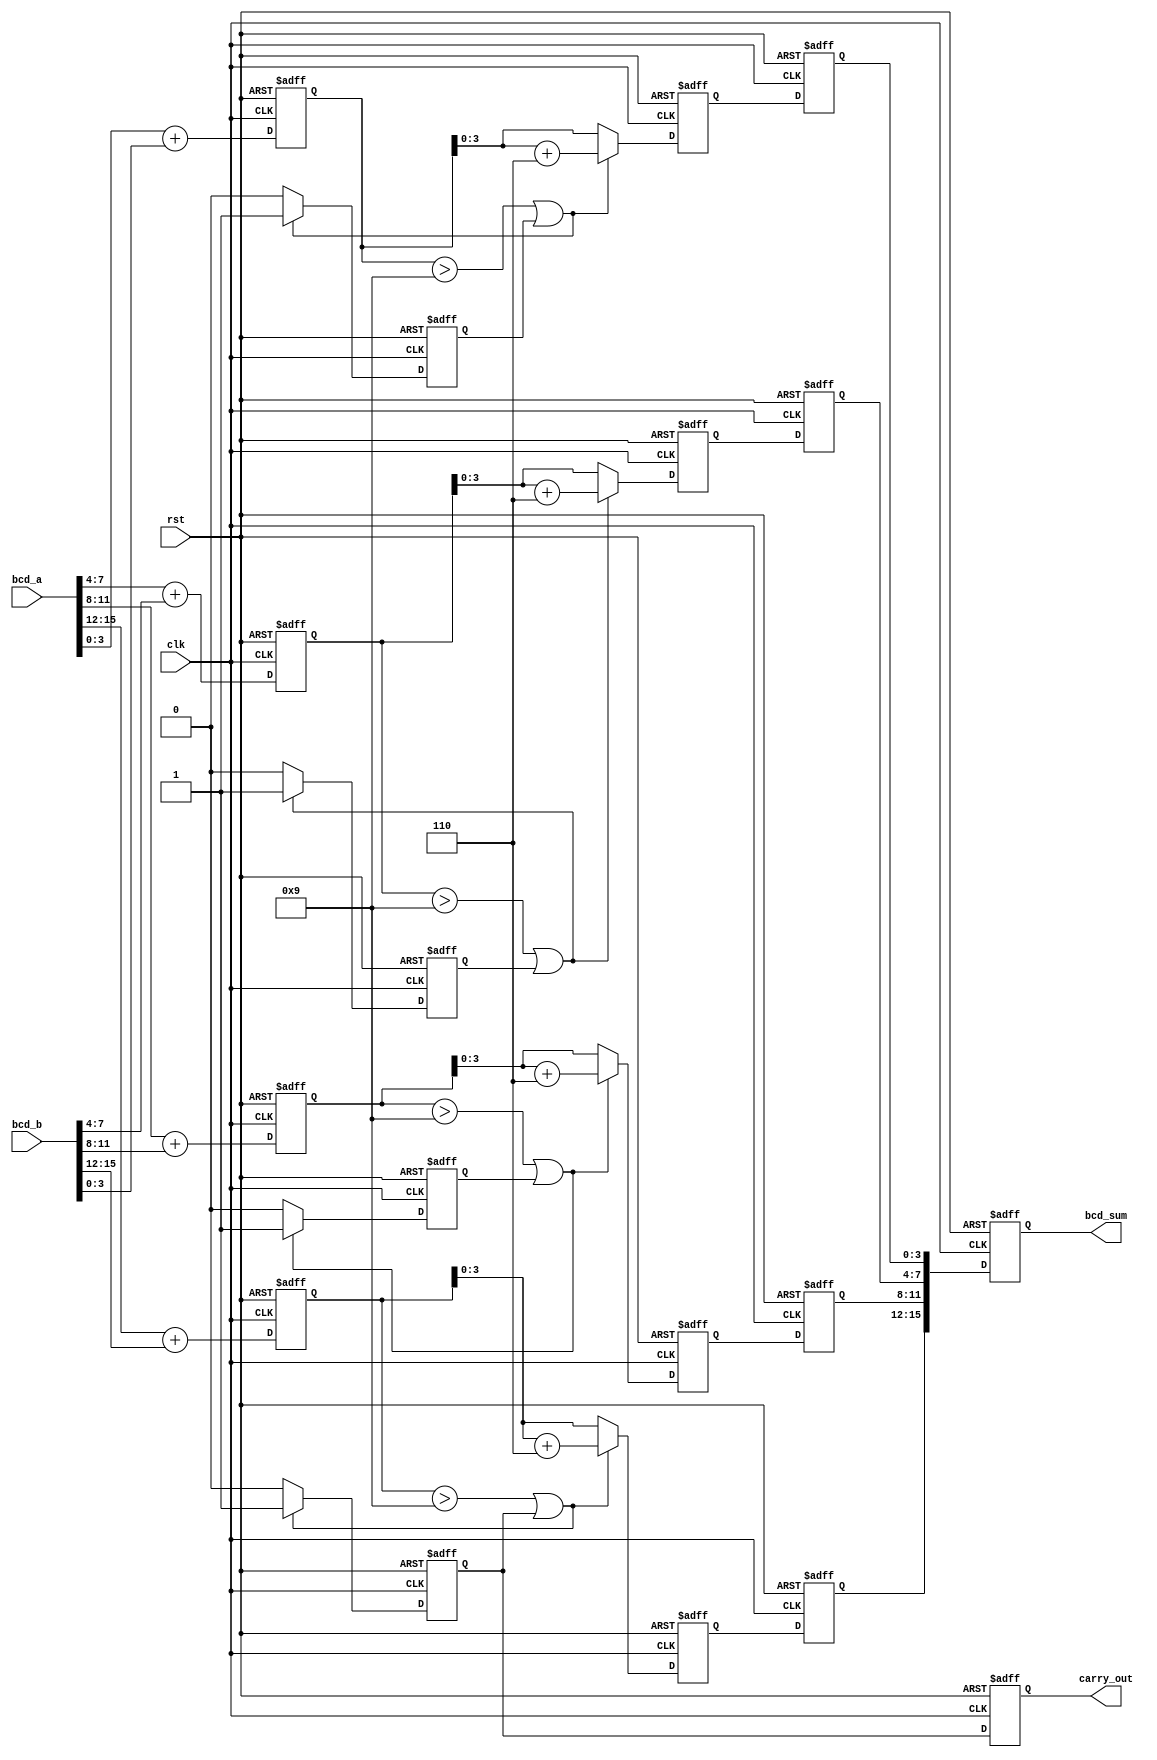
module BCD_Pipelined_Adder #(parameter NUM_DIGITS = 4) (
    input clk,
    input rst,
    input [4*NUM_DIGITS-1:0] bcd_a, // BCD input A
    input [4*NUM_DIGITS-1:0] bcd_b, // BCD input B
    output reg [4*NUM_DIGITS-1:0] bcd_sum, // BCD result
    output reg carry_out // Carry out signal
);

    // Intermediate registers for pipelining
    reg [4:0] sum_stage1 [0:NUM_DIGITS-1]; // Stage 1: Initial binary sum
    reg [4:0] sum_stage2 [0:NUM_DIGITS-1]; // Stage 2: Sum with correction check
    reg [4:0] final_sum [0:NUM_DIGITS-1]; // Stage 3: Final BCD result
    reg carry_stage [0:NUM_DIGITS-1]; // Carry for each digit

    integer i;

    // Stage 1: Initial binary addition
    always @(posedge clk or posedge rst) begin
        if (rst) begin
            for (i = 0; i < NUM_DIGITS; i = i + 1) begin
                sum_stage1[i] <= 5'b0;
            end
        end else begin
            for (i = 0; i < NUM_DIGITS; i = i + 1) begin
                sum_stage1[i] <= {1'b0, bcd_a[4*i +: 4]} + {1'b0, bcd_b[4*i +: 4]};
            end
        end
    end

    // Stage 2: Check for BCD correction
    always @(posedge clk or posedge rst) begin
        if (rst) begin
            for (i = 0; i < NUM_DIGITS; i = i + 1) begin
                sum_stage2[i] <= 5'b0;
                carry_stage[i] <= 1'b0;
            end
        end else begin
            for (i = 0; i < NUM_DIGITS; i = i + 1) begin
                if (sum_stage1[i] > 5'd9 || carry_stage[i]) begin
                    sum_stage2[i] <= sum_stage1[i] + 5'd6; // Add correction
                    carry_stage[i] <= 1'b1; // Set carry for next digit
                end else begin
                    sum_stage2[i] <= sum_stage1[i];
                    carry_stage[i] <= 1'b0; // No carry
                end
            end
        end
    end

    // Stage 3: Final BCD result
    always @(posedge clk or posedge rst) begin
        if (rst) begin
            for (i = 0; i < NUM_DIGITS; i = i + 1) begin
                final_sum[i] <= 5'b0;
            end
            carry_out <= 1'b0;
        end else begin
            for (i = 0; i < NUM_DIGITS; i = i + 1) begin
                final_sum[i] <= sum_stage2[i];
            end
            carry_out <= carry_stage[NUM_DIGITS-1]; // Carry out from the last digit
        end
    end

    // Assign final BCD result
    always @(posedge clk or posedge rst) begin
        if (rst) begin
            bcd_sum <= 0;
        end else begin
            for (i = 0; i < NUM_DIGITS; i = i + 1) begin
                bcd_sum[4*i +: 4] <= final_sum[i][3:0]; // Assign only the lower 4 bits
            end
        end
    end

endmodule